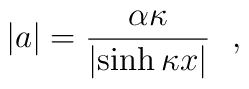
|a| =\frac{\alpha\kappa}{\left| \sinh\kappa x \right|}~~,